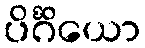
ပိင်္ဂိယော